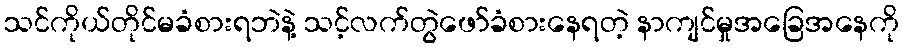
သင်ကိုယ်တိုင်မခံစားရဘဲနဲ့ သင့်လက်တွဲဖော်ခံစားနေရတဲ့ နာကျင်မှုအခြေအနေကို